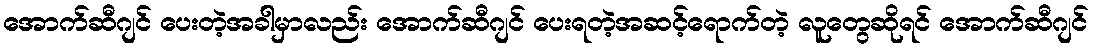
အောက်ဆီဂျင် ပေးတဲ့အခါမှာလည်း အောက်ဆီဂျင် ပေးရတဲ့အဆင့်ရောက်တဲ့ လူတွေဆိုရင် အောက်ဆီဂျင်